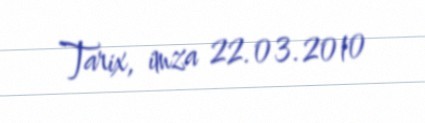
Tarix, imza 22.03.2010